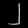
Digit: ၂